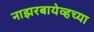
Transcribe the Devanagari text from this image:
नाझरबायेव्हच्या